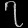
Digit: ၇